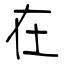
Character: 在